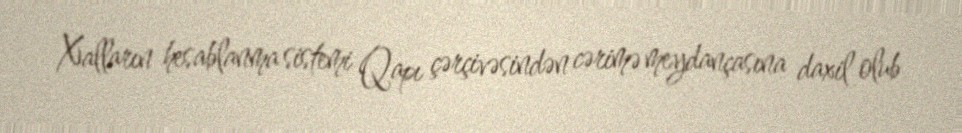
Xalların hesablanma sistemi Qapı çərçivəsindən cərimə meydançasına daxil olub